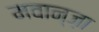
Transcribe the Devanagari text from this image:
मवान्ज़ा